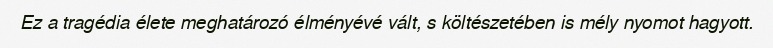
Ez a tragédia élete meghatározó élményévé vált, s költészetében is mély nyomot hagyott.